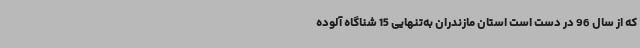
که از سال 96 در دست است استان مازندران به‌تنهایی 15 شناگاه آلوده